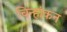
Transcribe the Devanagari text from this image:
चिन्हांकन